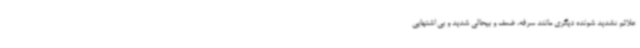
علائم تشدید شونده دیگری مانند سرفه، ضعف و بیحالی شدید و بی اشتهایی